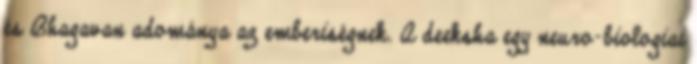
és Bhagavan adománya az emberiségnek. A deeksha egy neuro-biologiai